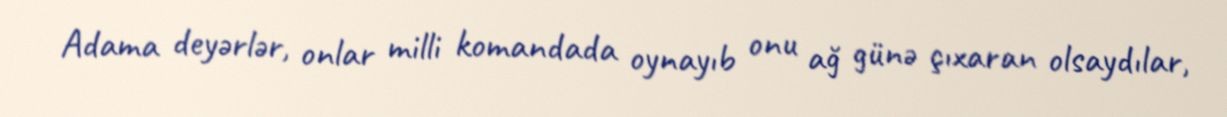
Adama deyərlər, onlar milli komandada oynayıb onu ağ günə çıxaran olsaydılar,